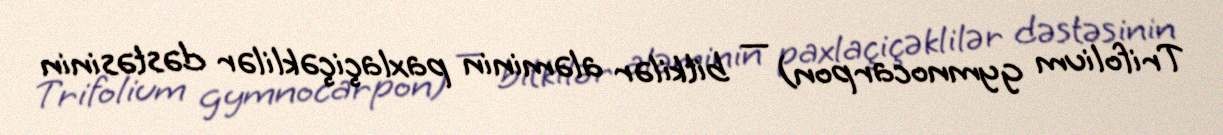
Trifolium gymnocarpon) — bitkilər aləminin paxlaçiçəklilər dəstəsinin